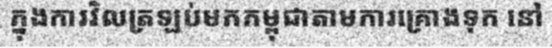
ក្នុងការវិលត្រឡប់មកកម្ពុជាតាមការគ្រោងទុក នៅ